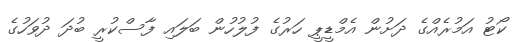
ކޯޓު އަމުރެއްގެ ދަށުން އެމްޑީޕީ ހަރުގެ ފުލުހުން ބަލައި ފާސްކުރީ ބުދަ ދުވަހުގެ